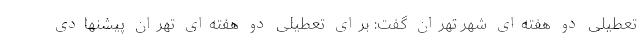
تعطیلی دو هفته‌ای شهر تهران گفت: برای تعطیلی دو هفته‌ای تهران پیشنهادی